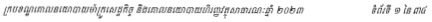
ក្របខណ្ឌគោលនយោបាយម៉ាក្រូសេដ្ឋកិច្ច និងគោលនយោបាយហិរញ្ញវត្ថុសាធារណៈឆ្នាំ ២០២៣ ទំព័រ ១ នៃ ៣៤